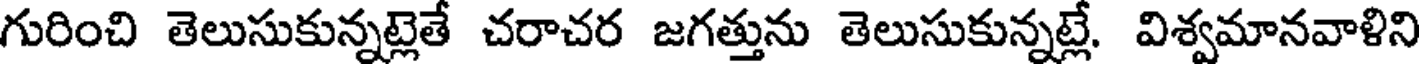
గురించి తెలుసుకున్నట్లెతే చరాచర జగత్తును తెలుసుకున్నట్లే. విశ్వమానవాళిని